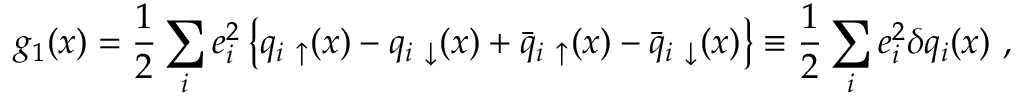
g _ { 1 } ( x ) = \frac { 1 } { 2 } \sum _ { i } e _ { i } ^ { 2 } \left\{ q _ { i ~ \uparrow } ( x ) - q _ { i ~ \downarrow } ( x ) + \bar { q } _ { i ~ \uparrow } ( x ) - \bar { q } _ { i ~ \downarrow } ( x ) \right\} \equiv \frac { 1 } { 2 } \sum _ { i } e _ { i } ^ { 2 } \delta q _ { i } ( x ) ~ ,